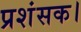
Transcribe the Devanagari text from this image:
प्रशंसक।